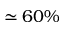
\simeq 6 0 \%